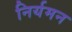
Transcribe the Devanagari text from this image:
निर्यमन